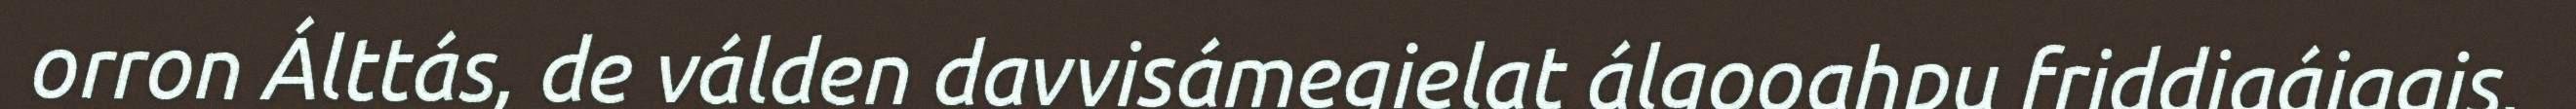
orron Álttás, de válden davvisámegielat álgooahpu friddjaáiggis,